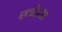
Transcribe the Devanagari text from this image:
एलोइसा